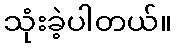
သုံးခဲ့ပါတယ်။